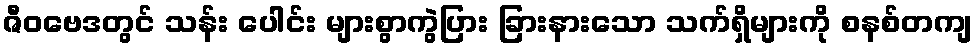
ဇီဝဗေဒတွင် သန်း ပေါင်း များစွာကွဲပြား ခြားနားသော သက်ရှိများကို စနစ်တကျ